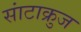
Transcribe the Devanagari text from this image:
सांटाक्रुज